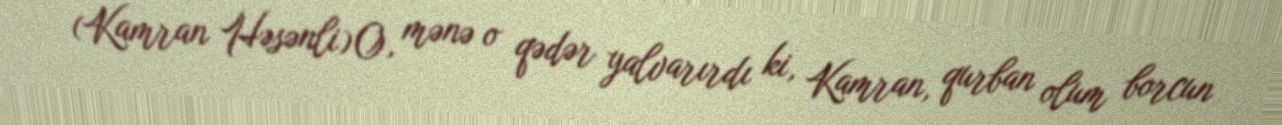
- (Kamran Həsənli) O, mənə o qədər yalvarırdı ki, Kamran, qurban olum borcun